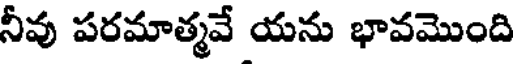
నీవు పరమాత్మవే యను భావమొంది